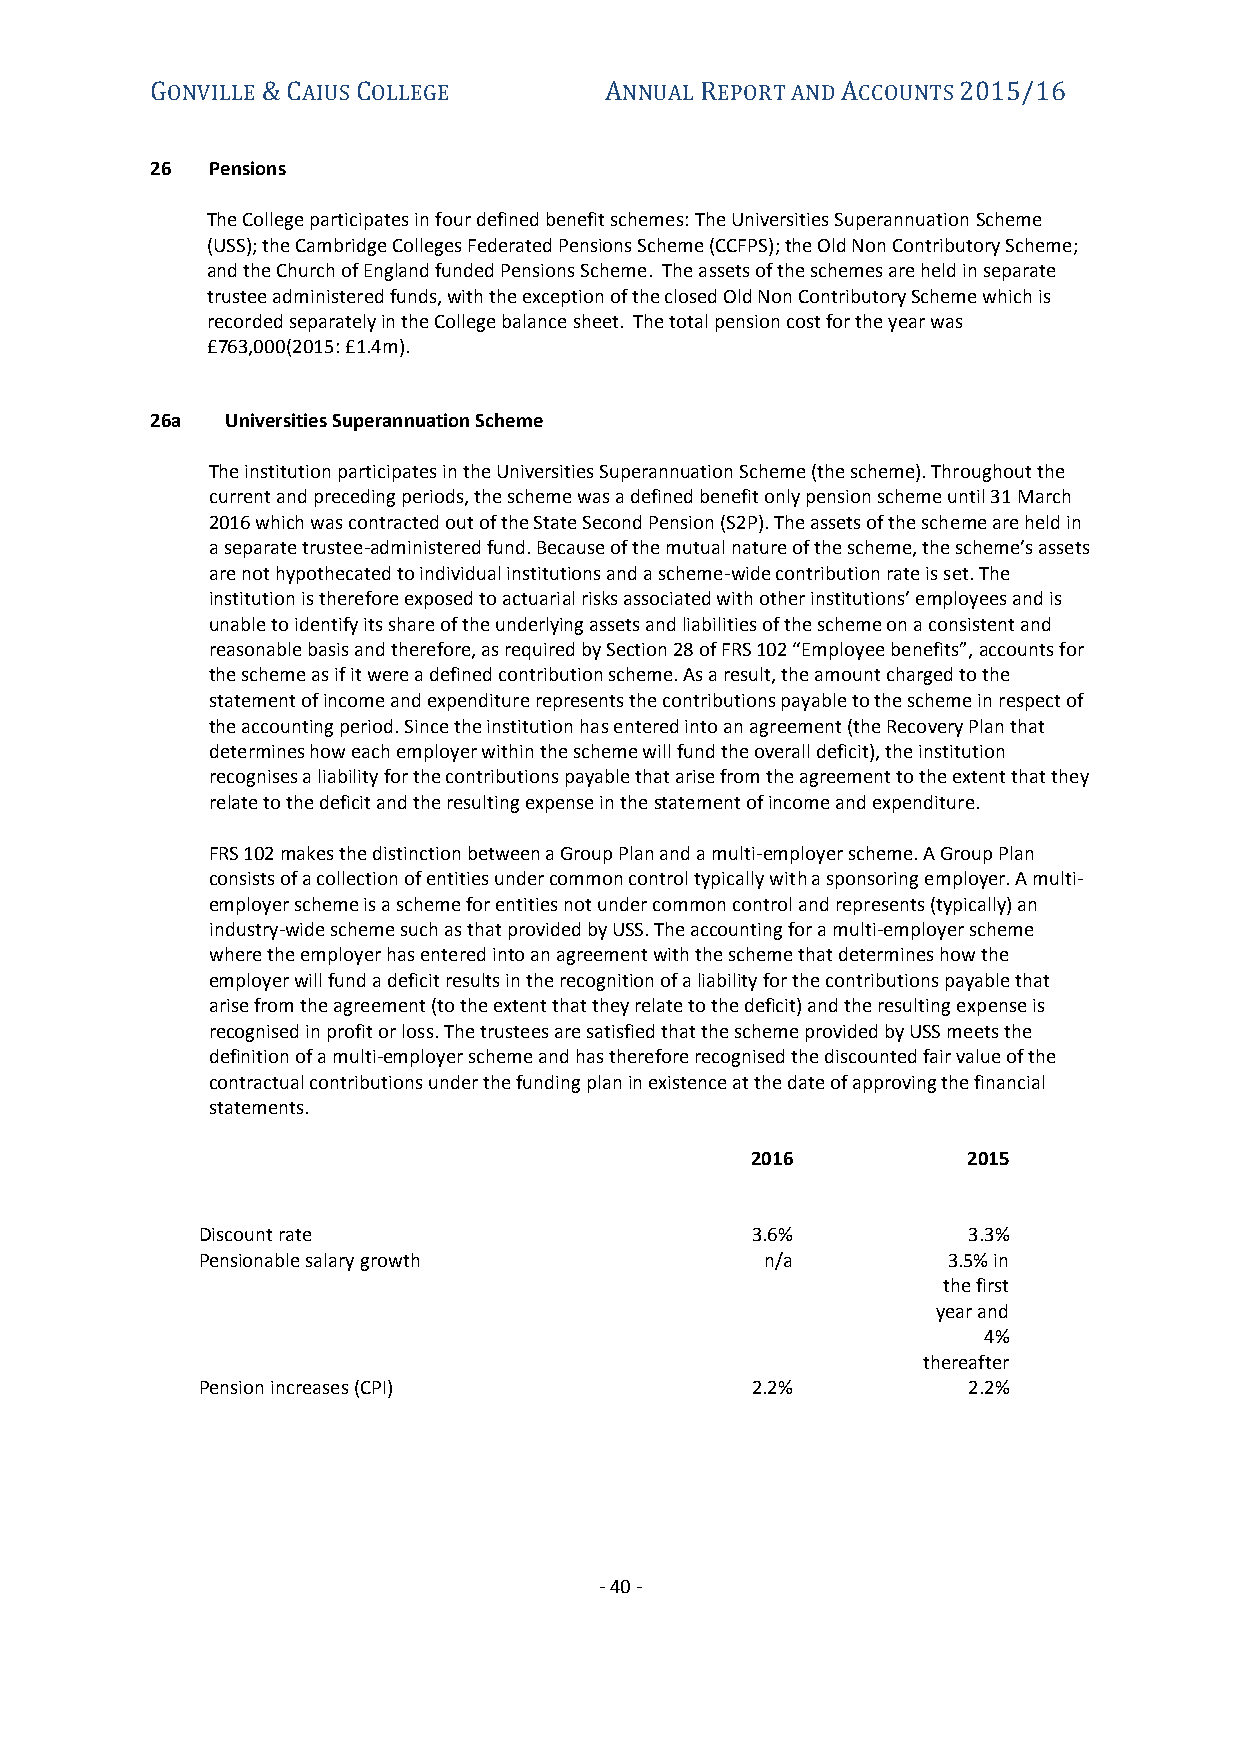
GONVILLE & CAIUS COLLEGE      ANNUAL REPORT AND ACCOUNTS 2015/16
 26  Pensions
 The College participates in four defined benefit schemes: The Universities Superannuation Scheme
 (USS); the Cambridge Colleges Federated Pensions Scheme (CCFPS); the Old Non Contributory Scheme;
 and the Church of England funded Pensions Scheme. The assets of the schemes are held in separate
 trustee administered funds, with the exception of the closed Old Non Contributory Scheme which is
 recorded separately in the College balance sheet. The total pension cost for the year was
 £763,000(2015: £1.4m).
 26a  Universities Superannuation Scheme
 The institution participates in the Universities Superannuation Scheme (the scheme). Throughout the
 current and preceding periods, the scheme was a defined benefit only pension scheme until 31 March
 2016 which was contracted out of the State Second Pension (S2P). The assets of the scheme are held in
 a separate trustee-administered fund. Because of the mutual nature of the scheme, the scheme’s assets
 are not hypothecated to individual institutions and a scheme-wide contribution rate is set. The
 institution is therefore exposed to actuarial risks associated with other institutions’ employees and is
 unable to identify its share of the underlying assets and liabilities of the scheme on a consistent and
 reasonable basis and therefore, as required by Section 28 of FRS 102 “Employee benefits”, accounts for
 the scheme as if it were a defined contribution scheme. As a result, the amount charged to the
 statement of income and expenditure represents the contributions payable to the scheme in respect of
 the accounting period. Since the institution has entered into an agreement (the Recovery Plan that
 determines how each employer within the scheme will fund the overall deficit), the institution
 recognises a liability for the contributions payable that arise from the agreement to the extent that they
 relate to the deficit and the resulting expense in the statement of income and expenditure.
 FRS 102 makes the distinction between a Group Plan and a multi-employer scheme. A Group Plan
 consists of a collection of entities under common control typically with a sponsoring employer. A multi-
 employer scheme is a scheme for entities not under common control and represents (typically) an
 industry-wide scheme such as that provided by USS. The accounting for a multi-employer scheme
 where the employer has entered into an agreement with the scheme that determines how the
 employer will fund a deficit results in the recognition of a liability for the contributions payable that
 arise from the agreement (to the extent that they relate to the deficit) and the resulting expense is
 recognised in profit or loss. The trustees are satisfied that the scheme provided by USS meets the
 definition of a multi-employer scheme and has therefore recognised the discounted fair value of the
 contractual contributions under the funding plan in existence at the date of approving the financial
 statements.
 2016          2015
 Discount rate                        3.6%          3.3%
 Pensionable salary growth             n/a         3.5% in
 the first
 year and
 4%
 thereafter
 Pension increases (CPI)              2.2%          2.2%
 - 40 -